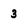
Character: 3